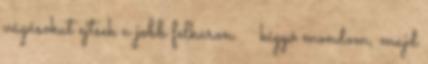
vágásokat ejtsek a jobb felkaron. kígyó mondom, majd